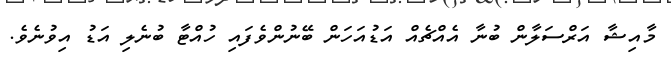
މާއިޝާ އަރްސަލާން ބުނާ އެއްޗެއް އަޑުއަހަން ބޭނުންވެފައި ހުއްޓާ ބުނެލި އަޑު އިވުނެވެ.